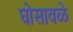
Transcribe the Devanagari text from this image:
घोसावळे